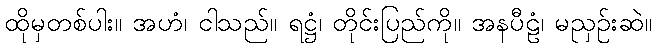
ထိုမှတစ်ပါး။ အဟံ၊ ငါသည်။ ရဋ္ဌံ၊ တိုင်းပြည်ကို။ အနပီဠံ၊ မညှဉ်းဆဲ။